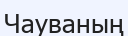
Чауваның